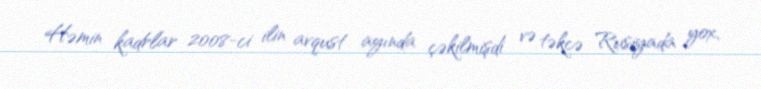
Həmin kadrlar 2008-ci ilin avqust ayında çəkilmişdi və təkcə Rusiyada yox,